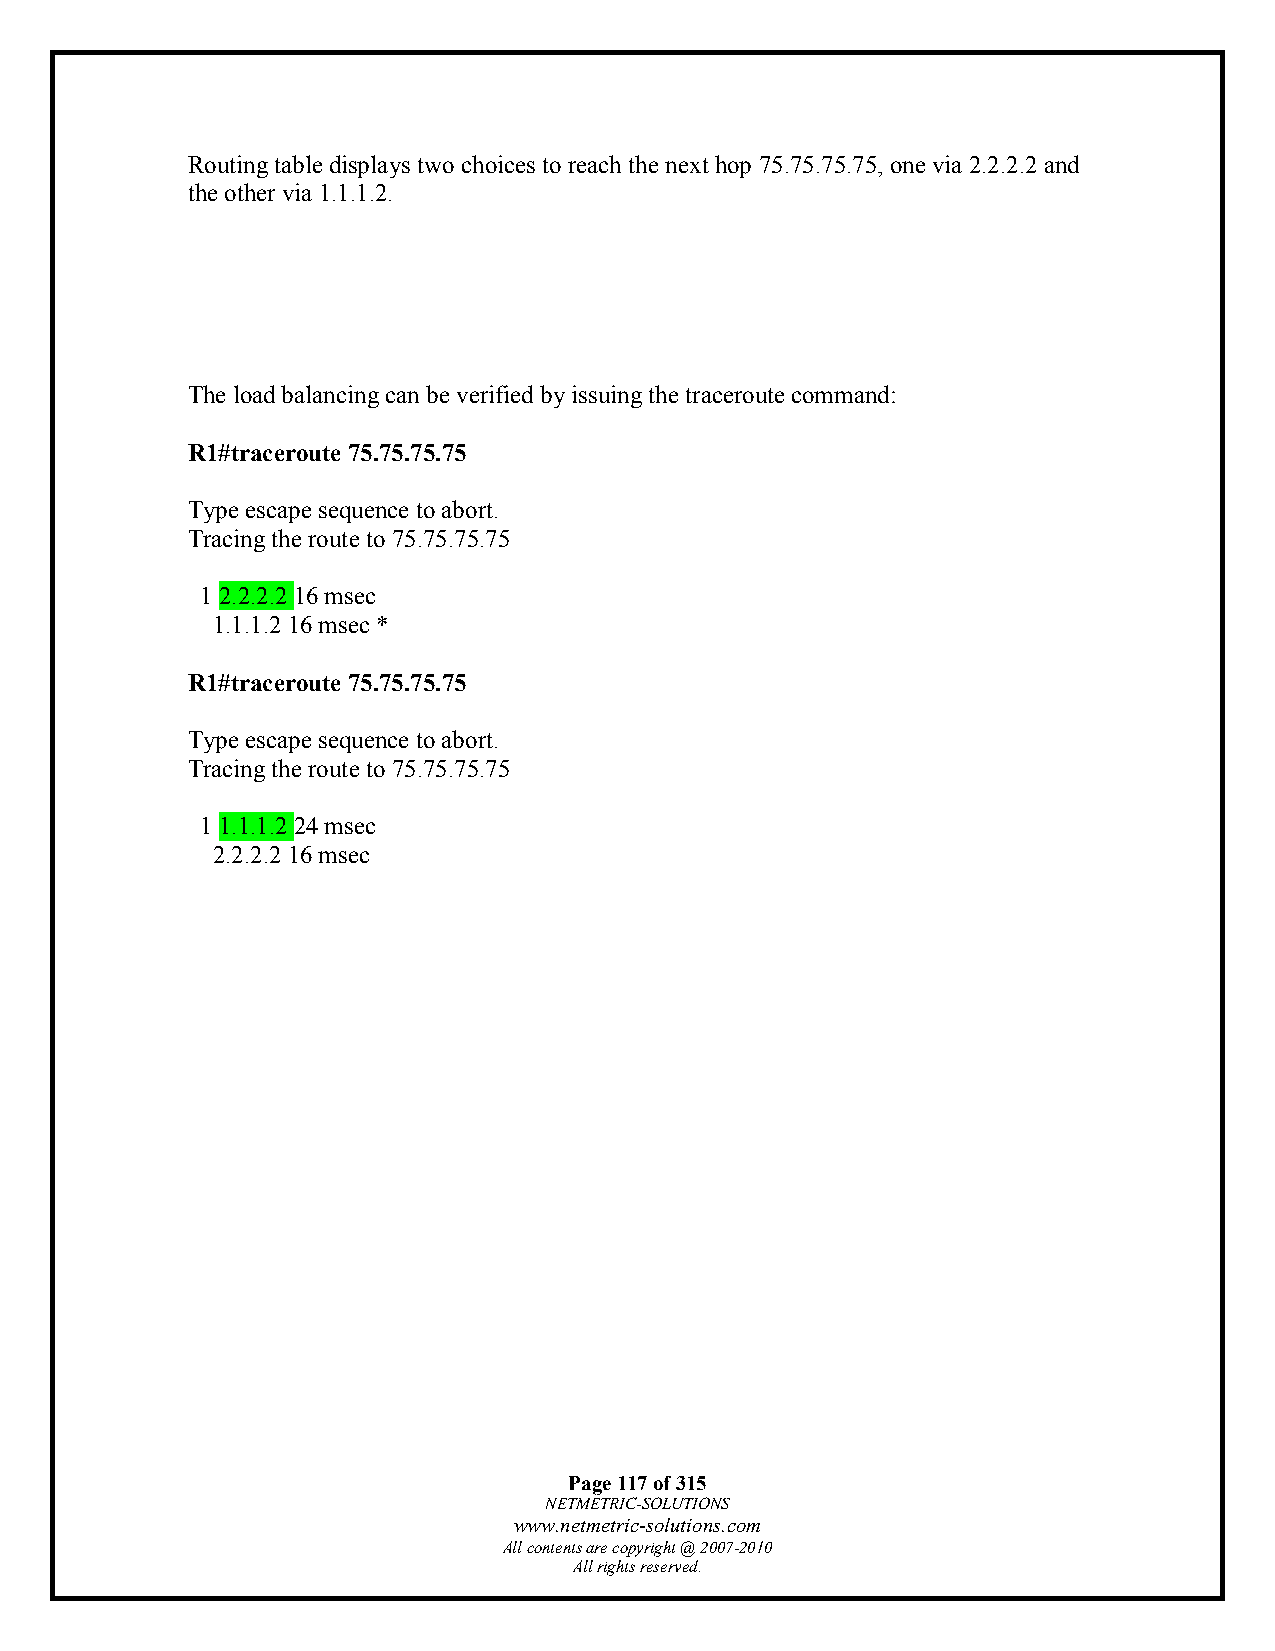
Routing table displays two choices to reach the next hop 75.75.75.75, one via 2.2.2.2 and
 the other via 1.1.1.2.
 The load balancing can be verified by issuing the traceroute command:
 R1#traceroute 75.75.75.75
 Type escape sequence to abort.
 Tracing the route to 75.75.75.75
 1 2.2.2.2 16 msec
 1.1.1.2 16 msec *
 R1#traceroute 75.75.75.75
 Type escape sequence to abort.
 Tracing the route to 75.75.75.75
 1 1.1.1.2 24 msec
 2.2.2.2 16 msec
 Page 117 of 315
 NETMETRIC-SOLUTIONS
 www.netmetric-solutions.com
 All contents are copyright @ 2007-2010
 All rights reserved.